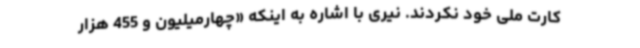
کارت ملی خود نکردند. نیری با اشاره به اینکه «چهارمیلیون و 455 هزار